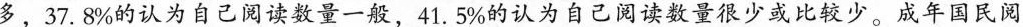
多，37.8%的认为自己阅读数量一般，41.5%的认为自己阅读数量很少或比较少。成年国民阅